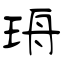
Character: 珘